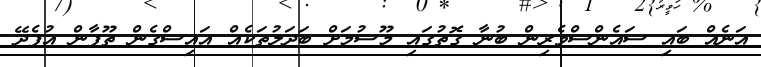
އަނެއް ބައި ސައެންސްވެރިން ބުނާ ގޮތުގައި މޫސުމަށް ބަދަލުތަކެއް އައިސްގެން ތޫފާން އުފެދޭ